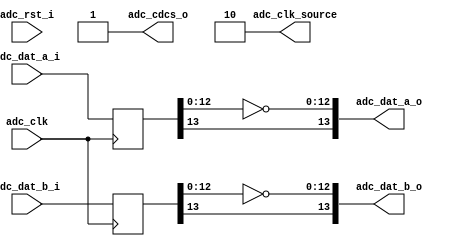
module rp_adc #
(
)
(
  // ADC IC
  input    [ 14-1: 0] adc_dat_a_i        ,  //!< ADC IC CHA data connection
  input    [ 14-1: 0] adc_dat_b_i        ,  //!< ADC IC CHB data connection
  input               adc_clk            ,
  output [ 2-1: 0]    adc_clk_source     ,  // optional ADC clock source
  output              adc_cdcs_o         ,  // ADC clock duty cycle stabilizer
 
  // user interface
  output   [ 14-1: 0] adc_dat_a_o        ,  //!< ADC CHA data
  output   [ 14-1: 0] adc_dat_b_o        ,  //!< ADC CHB data
  input               adc_rst_i             //!< ADC reset - active low
);
  // ADC clock duty cycle stabilizer is enabled
  assign adc_cdcs_o = 1'b1 ;

  // generating ADC clock is disabled
  assign adc_clk_source = 2'b10;

  reg  [14-1: 0] adc_dat_a  ;
  reg  [14-1: 0] adc_dat_b  ;

  always @(posedge adc_clk) begin
     adc_dat_a <= adc_dat_a_i[14-1:0]; // lowest 2 bits reserved for 16bit ADC
     adc_dat_b <= adc_dat_b_i[14-1:0];
  end
    
  assign adc_dat_a_o = {adc_dat_a[14-1], ~adc_dat_a[14-2:0]}; // transform into 2's complement (negative slope)
  assign adc_dat_b_o = {adc_dat_b[14-1], ~adc_dat_b[14-2:0]};

endmodule